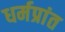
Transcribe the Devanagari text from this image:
धर्मप्रांत